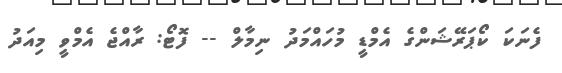
ފެނަކަ ކޯޕަރޭޝަންގެ އެމްޑީ މުހައްމަދު ނިމާލް -- ފޮޓޯ: ރާއްޖެ އެމްވީ މިއަދު